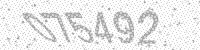
Solution: 075492